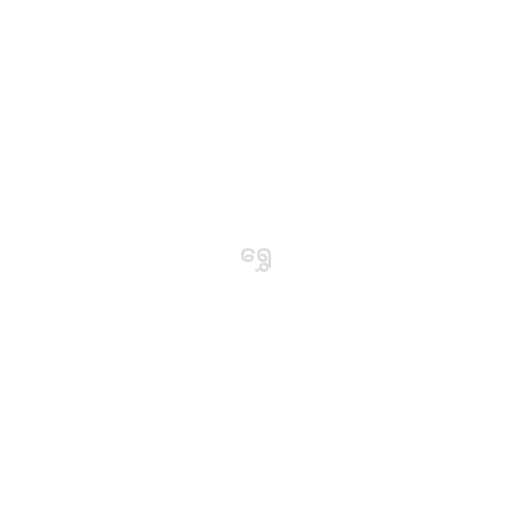
ရွှေ